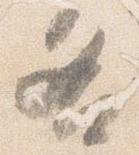
各